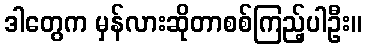
ဒါတွေက မှန်လားဆိုတာစစ်ကြည့်ပါဦး။